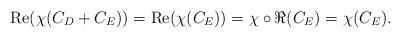
LaTeX: \begin{align*}\mathrm{Re}(\chi(C_D+C_E))=\mathrm{Re}(\chi(C_E))=\chi\circ \Re(C_E)=\chi(C_E).\end{align*}